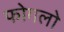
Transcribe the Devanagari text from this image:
फोगलो